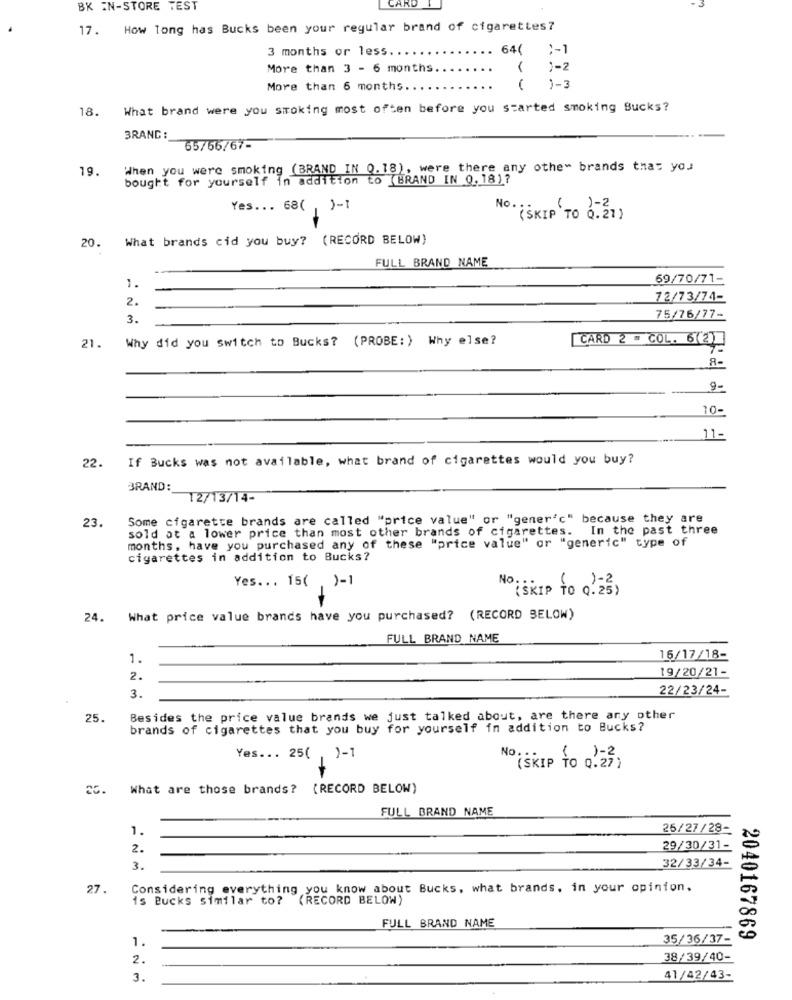
CARD
BK IN-STORE TEST
17. How long has Bucks been your regular brand of cigarettes?
3 months or less ...
( : - 1
More than 3 - 6 months.
;- 2
More than 6 months.
( )-3
18. What brand were you stroking most often before you started smoking Bucks?
BRAND :
65/66/67-
19.
When you were smoking (BRAND IN 0.18), were there any other brands that you
bought for yourself in addition to (BRAND IN 0.18)?
Yes ... 68( , )-1
No ...
1- 2
(SKIP TO 0.21)
-
What brands cid you buy? (RECORD BELOW)
20.
FULL BRAND NAME
69/70/71-
1.
2.
72/73/74-
3.
75/76/77-
Why did you switch to Bucks? (PROBE: ) Why else?
CARD 2 " COL. 6(2)
21.
8-
9-
10-
11-
If Bucks was not available, what brand of cigarettes would you buy?
22.
BRAND:
12/13/14-
23.
Some cigarette brands are called "price value" or "gener"c" because they are
sold at a lower price than most other brands of cigarettes. In the past three
months, have you purchased any of these "price value" or "generic" type of
cigarettes in addition to Bucks?
Yes ... 15( )-1
( SKIP TO 0.25)
24. What price value brands have you purchased? (RECORD BELOW)
FULL BRAND NAME
1.
16/17/18-
2.
19/20/21-
22/23/24-
3.
25.
Besides the price value brands we just talked about, are there any other
brands of cigarettes that you buy for yourself in addition to Bucks?
Yes ... 25( )-1
No.
(SKIP TO 0. 27 )
25. What are those brands? (RECORD BELOW)
FULL BRAND NAME
1.
25/27/28-
2.
29/30/31-
3.
32/33/34-
27.
Considering everything you know about Bucks, what brands. in your opinion.
Is Bucks similar to? (RECORD BELOW)
FULL BRAND NAME
1.
35/36/37-
2040167869
2.
38/39/40-
3.
41/42/43-